Memorandum on the prevention of leprosy by segregation of the affected
Disease focus: Leprosy
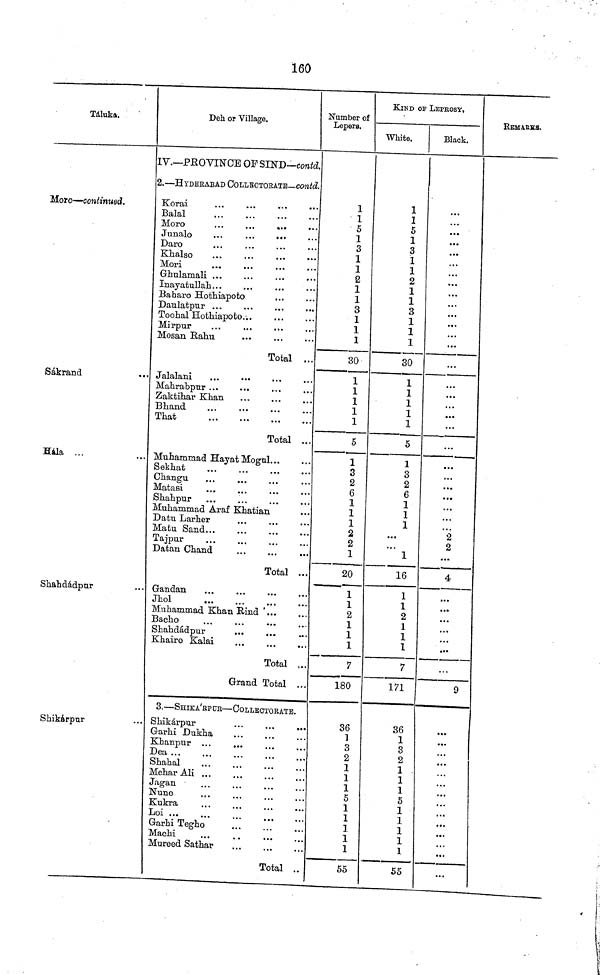
160
Táluka.
Moro—continued.
Sákrand
Hala ...
Shahdádpur
Shíkárpur
Deh or Village.
IV.PROVINCE
OF SIND—contd.
2.—HYDERABAD COLLECTORATE—contd.
Korai
Balal
Moro
Daro
Khalso
Mori
...
•••
Glralamali ...
Inayatullah...
Baharo Hothiapoto
Daulatpur ...
Toohal Hothiapoto.-.
Mirpur
Mosan Rahu
Total ...
. Jalalani
Mahrabpur ...
Zaktihar Khan
Bliand
That
Total ...
. Muhammad Hay at Mogul...
Sekhat
Changu
Matasi
Shahpur
Muhammad Araf Khatian
Datu Larher
Matu Sand
Tajpur
Datan Chand
Total ...
Gandan
Jhol
Muhammad Khan Rind "...
Bacho
Shahdádpur
...
...
Khairo Kalai
Total ,.
Grand Total ..
3.—SHIKA'BPUR—COLLECTORATE.
.. Shikárpur
Garhi Dukha
Khanpur
...
Dea ...
Shahal
MeharAli
Jagan
ISTune
Kukra
Garhi Tegho
Machi
Mureed Sathar
Total .
Number of
Lépera.
1
1
5
1
3
1
1
2
1
1
3
1
1
1
30
1
1
1
1
1
5
1
3
2
6
1
1
1
2
2
1
20
1
1
2
1
1
1
7
180
36
1
3
2
1
1
1
5
1
1
1
1
1
55
KIND OF LEPROSY,
White.
1
1
5
1
3
1
1
2
1
1
3
1
1
1
30
1
1
1
1
1
5
1
3
2
6
1
1
1
...
...
1
16
1
1
2
1
1
1
7
171
36
1
3
2
1
1
1
5
1
1
1
1
1
55
Black.
...
...
...
...
...
...
...
...
...
...
...
...
...
...
...
...
...
...
...
...
...
...
> • •
...
2
2
...
4
...
...
...
...
9
...
...
REMARKS.